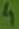
Text: 4